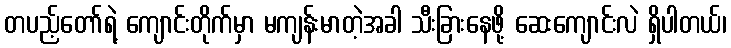
တပည့်တော်ရဲ့ ကျောင်းတိုက်မှာ မကျန်းမာတဲ့အခါ သီးခြားနေဖို့ ဆေးကျောင်းလဲ ရှိပါတယ်၊